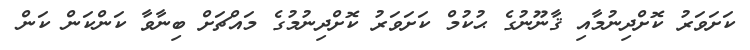
ކަށަވަރު ކޮށްދިނުމާއި ޤާނޫނުގެ ޙުކުމް ކަށަވަރު ކޮށްދިނުމުގެ މައްޗަށް ބިނާވާ ކަންކަން ކަން